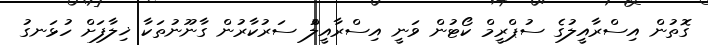
ގޮތުން އިސްރާއީލުގެ ސުޕްރީމް ކޯޓުން ވަނީ އިސްރާއީލުް ސަރުކާރުން ގާނޫނުތަކާ ޚިލާފަށް ހުޅަނގު